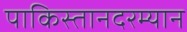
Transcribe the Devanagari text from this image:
पाकिस्तानदरम्यान